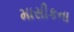
માસીકના